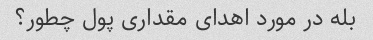
بله در مورد اهدای مقداری پول چطور؟